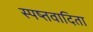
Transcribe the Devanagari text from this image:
स्पष्तवादिता